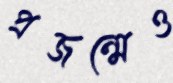
প্রজন্মেও